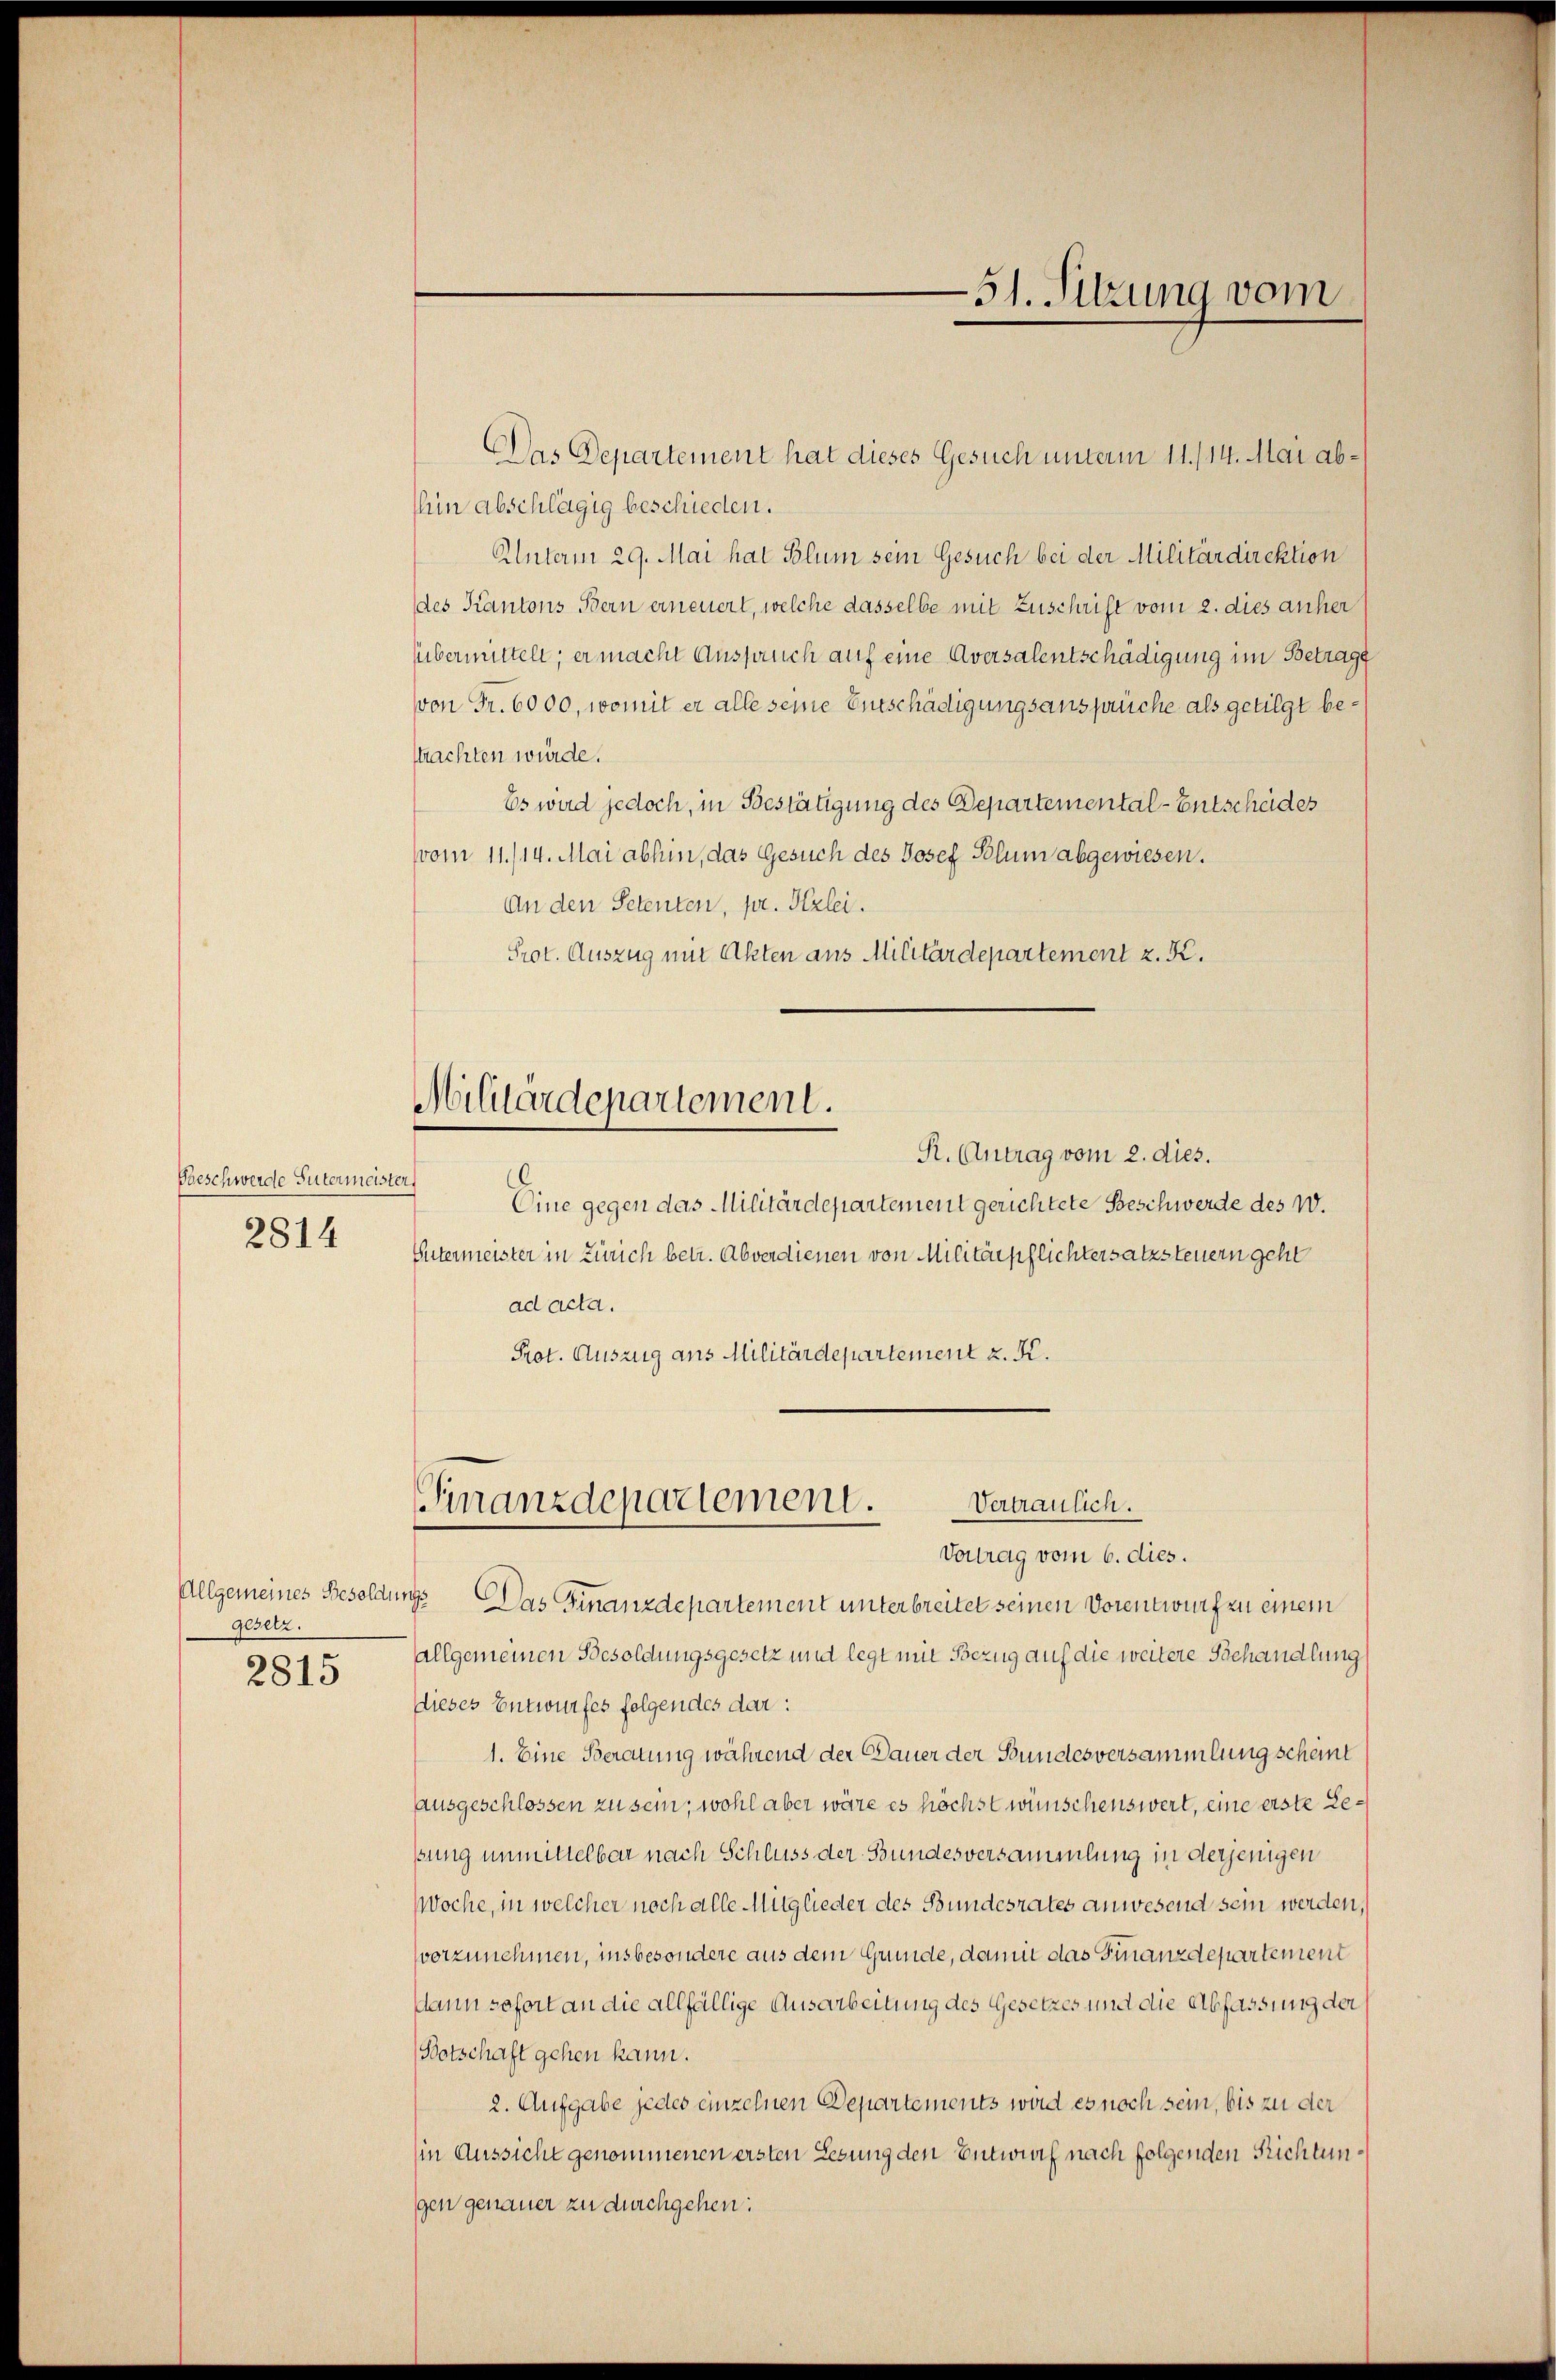
Beschwerde Gütermeister
2814

gesetz.

2815

Das Departement hat dieses Gesuch unterm 11./14. Mai abthin abschlägig beschieden.
Unterm 29. Mai hat Blum sein Gesuch bei der Militärdirektion
des Kantons Bern erneuert, welche dasselbe mit Zuschrift vom 2. dies anher
übermittelt; er macht Ausspruch auf eine Aversalentschädigung im Betrage
von Fr. 6000, womit er alle seine Entschädigungsansprüche als getilgt bestrachten würde.
Es wird jedoch, in Bestätigung des Departemental-Entscheides
vom 11./14. Mai abhin, das Gesuch des Josef Blum abgewiesen.
An den Petenten, pr. Hlzlei.
Prot. Auszug mit Akten aus Militärdepartement z. K.

Militärdepartement.

51. Sitzung vom

R. Antrag vom 2. dies.
Eine gegen das Militärdepartement gerichtete Beschwerde des W.
Untermeister in Zürich betr. Abverdienen von Militärpflichtersatzsteuern geht
ad acta.
Prot. Auszug aus Militärdepartement z. K.

Finanzdepartement.
Vertraulich.

Vortrag vom 6. dies.
Allgemeines Besoldungs Das Finanzdepartement unterbreitet seinen Vorentwurf zu einem
allgemeinen Besoldungsgesetz und legt mit Bezug auf die weitere Behandlung
dieses Entwurfes folgendes dar:
1. Eine Beratung während der Dauer der Bundesversammlung scheint
Ausgeschlossen zu sein, wohl aber wäre es höchst wünschenswert, eine erste Leßung unmittelbar nach Schluss der Bundesversammlung in derjenigen
Woche, in welcher noch alle Mitglieder des Bundesrates anwesend sein werden,
vorzunehmen, insbesondere aus dem Grunde, damit das Finanzdepartement
dann sofort an die allfällige Ausarbeitung des Gesetzes und die Abfassung der
Botschaft gehen kann.
2. Aufgabe jedes einzelnen Departements wird es noch sein, bis zu der
in Aussicht genommenen ersten Lesung den Entwurf nach folgenden Richtungen genauer zu durchgehen: